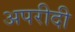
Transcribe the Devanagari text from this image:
अपरीदी